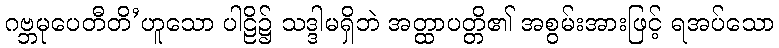
ဂဗ္ဘမုပေတီတိ’ဟူသော ပါဠိ၌ သဒ္ဒါမရှိဘဲ အတ္ထာပတ္တိ၏ အစွမ်းအားဖြင့် ရအပ်သော